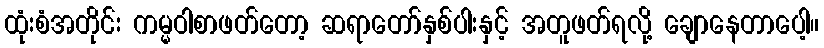
ထုံးစံအတိုင်း ကမ္မဝါစာဖတ်တော့ ဆရာတော်နှစ်ပါးနှင့် အတူဖတ်ရလို့ ချောနေတာပေါ့။